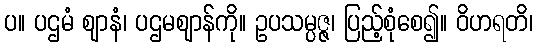
ပ။ ပဌမံ ဈာနံ၊ ပဌမဈာန်ကို။ ဥပသမ္ပဇ္ဇ၊ ပြည့်စုံစေ၍။ ဝိဟရတိ၊